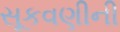
સૂકવણીની